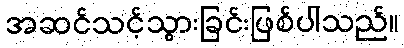
အဆင်သင့်သွားခြင်းဖြစ်ပါသည်။